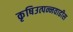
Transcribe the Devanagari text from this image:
कृषिउत्पन्नवाढीस